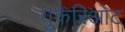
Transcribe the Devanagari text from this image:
युकेरिओट